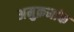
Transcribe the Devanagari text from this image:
अमुक्रमांक